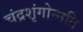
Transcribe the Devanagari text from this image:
चंद्रशृंगोन्नति